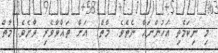
މި ނިކަމެެތި އަހުންނައް ނެތެވެ. މާތް  އަށް ތަޣްވާވެރި ވާށެވެ. މާތް